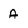
Character: A